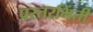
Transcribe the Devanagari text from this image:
प्रस्तरभिंती